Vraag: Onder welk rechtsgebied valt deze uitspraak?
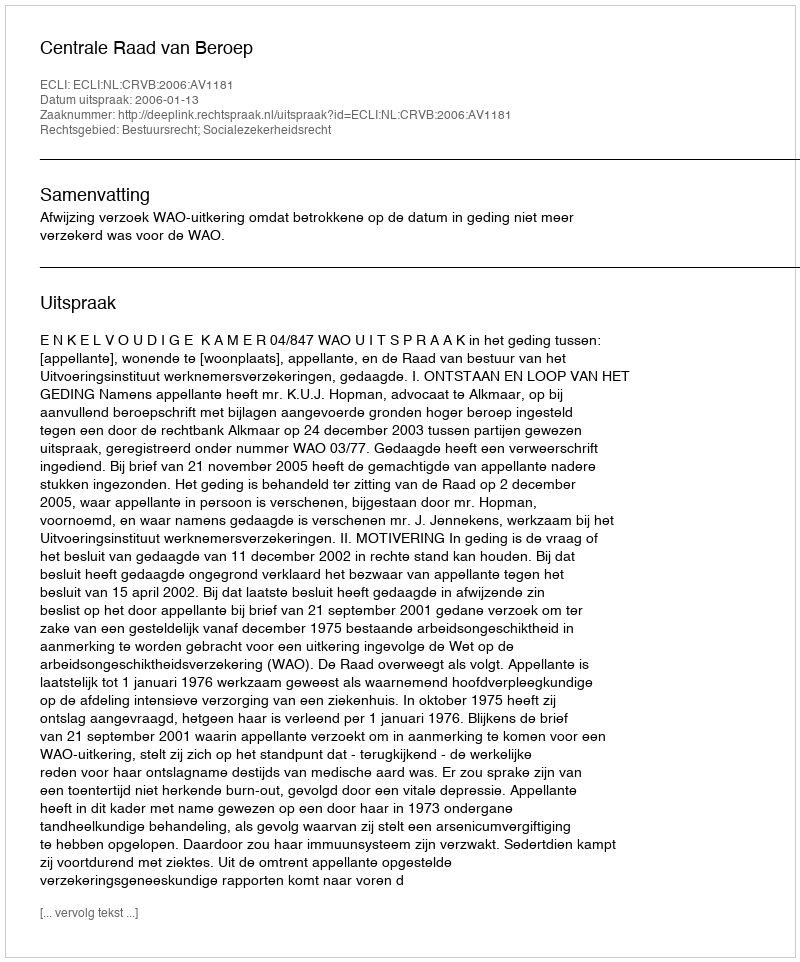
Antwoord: Bestuursrecht; Socialezekerheidsrecht